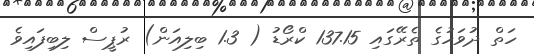
ހަތް ދުވަހުގެ ތެރޭގައި 137.15 ކްރޯޑު ( 1.3 ބިލިއަން) ރުޕީސް ލިބިފައިވެ